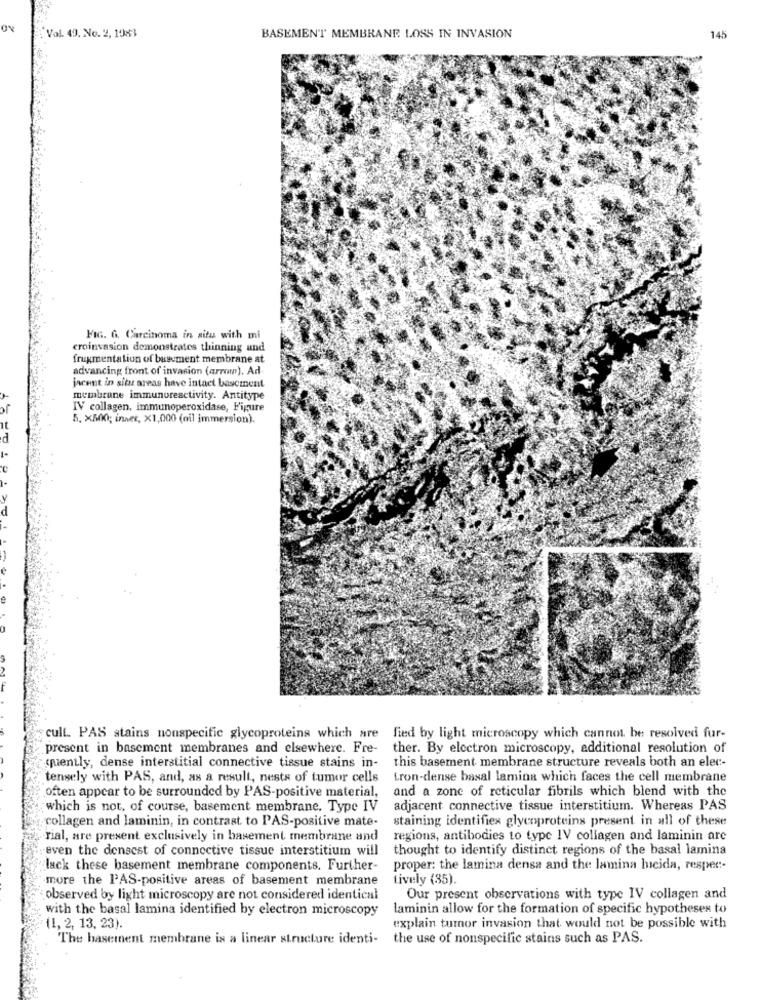
Vol. 49. No. 2, 1981
BASEMENT MEMBRANE LOSS IN INVASION
145
FIG. G. Carcinoma in situ with mi
croinvasion demonstrates thinning und
frugmentation of basement membrane at
advancing front of invasion (arrow). Ad
jacent in situ areas have intact basement
membrane immunoreactivity. Antitype
IV collagen, immunoperoxidase, Figure
5. x500; innet, x1,000 (nil immersion).
cult. PAS stains nonspecific glycoproteins which are
fied by light microscopy which cannot be resolved fur-
present in basement membranes and elsewhere. Fre-
ther. By electron microscopy, additional resolution of
this basement membrane structure reveals both an elec-
sjuently, dense interstitial connective tissue stains in-
tensely with PAS, and, as a result, nests of tumor cells
L.ron-dense basal lamina which faces the cell membrane
often appear to be surrounded by PAS-positive material,
and a zone of reticular fibrils which blend with the
which is not, of course, basement membrane. Type IV
adjacent connective tissue interstitium. Whereas PAS
collagen and laminin, in contrast to PAS-positive mate-
staining identifies glycoproteins present in all of these
rial, are present exclusively in basement membrane and
regions, antibodies to type IV collagen and laminin are
even the densest of connective tissue interstitium will
thought to identify distinct regions of the basal lamina
lack these basement membrane components. Further-
proper: the lamina densa and the lamina lucida, respec-
more the PAS-positive areas of basement membrane
tively (35).
observed by light microscopy are not considered identical
Our present observations with type IV collagen and
with the basal lamina identified by electron microscopy
laminin allow for the formation of specific hypotheses to
(1, 2, 13, 23).
explain tumor invasion that would not be possible with
The basement membrane is a linear structure identi-
the use of nonspecific stains such as PAS.